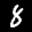
Label: 8